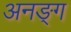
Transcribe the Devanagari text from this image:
अनङ्‌ग